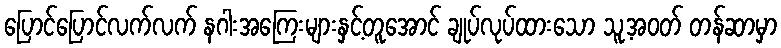
ပြောင်ပြောင်လက်လက် နဂါးအကြေးများနှင့်တူအောင် ချုပ်လုပ်ထားသော သူ့အဝတ် တန်ဆာမှာ